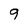
Character: 9